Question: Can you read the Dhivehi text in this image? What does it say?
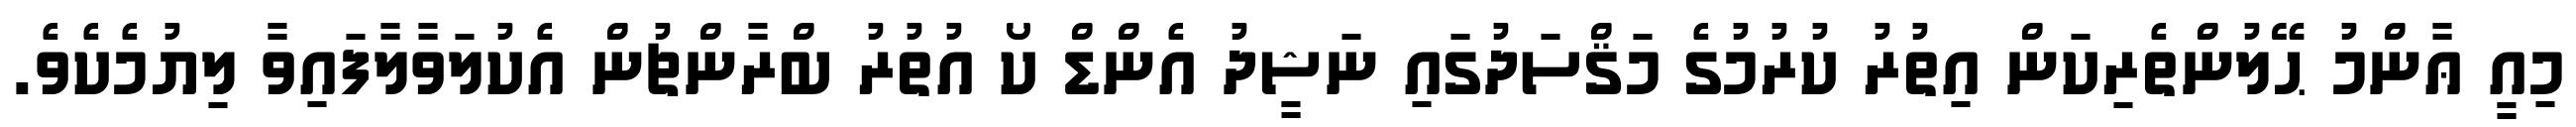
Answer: މިއީ ޢާންމު ޙޭލުންތެރިކަން އިތުރު ކުރުމުގެ މަޤްސަދުގައި ނަޝީދު އެންޑް ކޯ އުތުރު ބްރާންޗުން އެކުލަވާލާފައިވާ ލިޔުމެކެވެ.